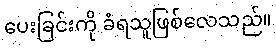
ပေးခြင်းကို ခံရသူဖြစ်လေသည်။